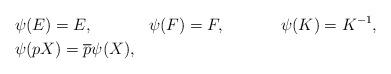
LaTeX: \begin{align*}&\psi(E)=E,\mspace{60mu} \psi(F)=F,\mspace{60mu} \psi(K)=K^{-1}, \\&\psi(pX)=\overline{p}\psi(X), \end{align*}